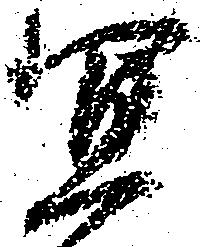
宜